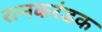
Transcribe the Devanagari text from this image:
रत्नकरंडक